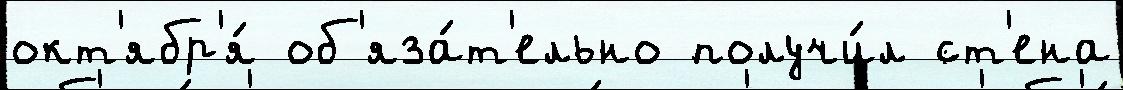
окт'ябр'я́ об'яза́т'ельно получи́л ст'ена